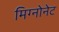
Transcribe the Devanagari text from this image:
मिग्नोनेट